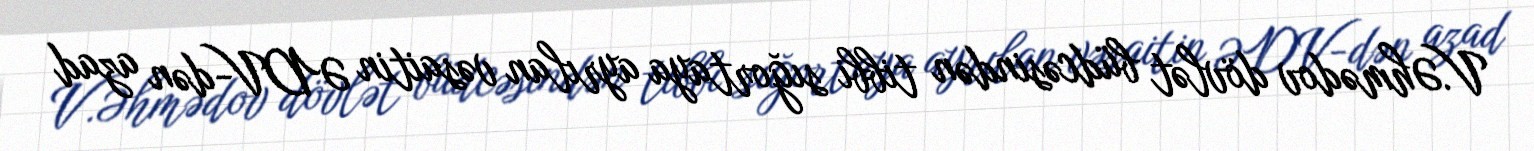
V.Əhmədov dövlət büdcəsindən tibbi sığortaya ayrılan vəsaitin ƏDV-dən azad